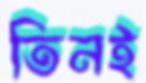
তিনই